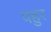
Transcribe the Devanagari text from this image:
पहुर